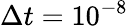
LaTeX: \Delta t=10^{-8}